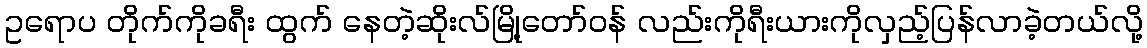
ဥရောပ တိုက်ကိုခရီး ထွက် နေတဲ့ဆိုးလ်မြို့တော်ဝန် လည်းကိုရီးယားကိုလှည့်ပြန်လာခဲ့တယ်လို့